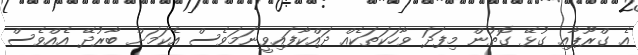
އެ ގްރޫޕާއި ގުޅޭ ގޮތުން މިފަދަ ވާހަކަތަކެއް ދައްކާފައިވީނަމަވެސް އެކަމަށް ބާރުދޭ އެއްވެސް